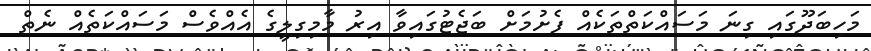
މަހިބަދޫގައި ގިނަ މަސައްކަތްތަކެއް ފެށުމަށް ބަޖެޓުގައިވާ އިރު މާމިގިލީގެ އެއްވެސް މަސައްކަތެއް ނެތް